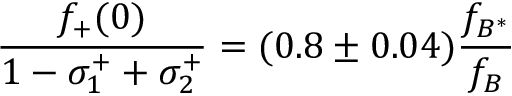
\frac { f _ { + } ( 0 ) } { 1 - \sigma _ { 1 } ^ { + } + \sigma _ { 2 } ^ { + } } = ( 0 . 8 \pm 0 . 0 4 ) \frac { f _ { B ^ { * } } } { f _ { B } }